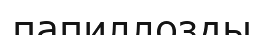
папиллозды